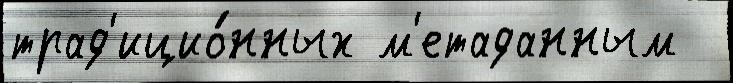
трад'ицио́нных м'етаданным